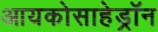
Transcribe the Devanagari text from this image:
आयकोसाहेड्रॉन